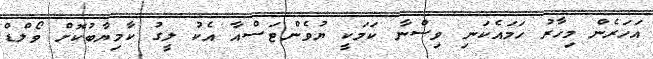
އަހަރެން މިހާރު ހަމައެކަނި ވިސްނާ ކަމަކީ ޔުވެންޓަސްއާ އެކު ލީގު ކާމިޔާބުކޮށް ވޯލްޑް